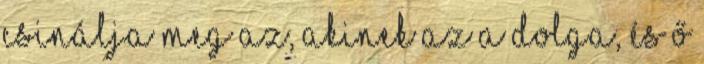
Csinálja meg az, akinek az a dolga, és ő